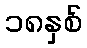
၁၈နှစ်